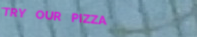
TRY OUR PIZZA